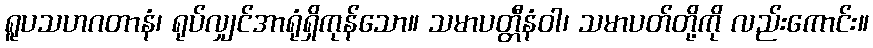
ရူပသဟဂတာနံ၊ ရုပ်လျှင်အာရုံရှိကုန်သော။ သမာပတ္တီနံဝါ၊ သမာပတ်တို့ကို လည်းကောင်း။